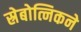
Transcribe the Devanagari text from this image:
स्रेबोत्निकने